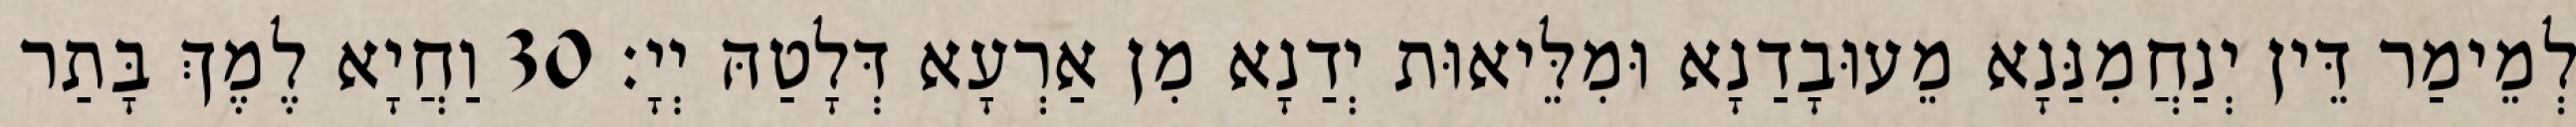
לְמֵימַר דֵּין יְנַחֲמִנַּנָא מֵעוּבָדַנָא וּמִלֵּיאוּת יְדַנָא מִן אַרְעָא דְּלָטַהּ יְיָ׃ 30 וַחֲיָא לֶמֶךְ בָּתַר